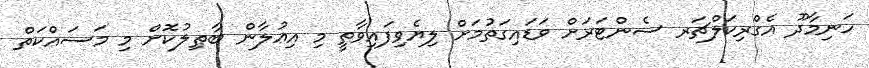
ހަނިމާދޫ އެގްރިކަލްޗަރ ސެންޓަރަށް ވަޑައިގަތުމަށް ލިޔެވިފައިވާތީ މި އިޢުލާން ބާޠިލުކޮށް މި މަސައްކަތް